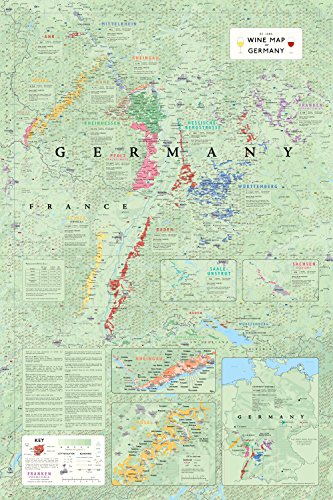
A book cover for Wine Map of Germany; Steve De Long; Travel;